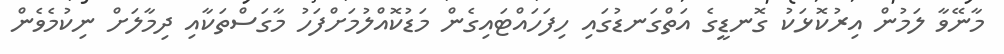
މާނޭވާ ލަމުން އިރުކޮޅަކު ގޮނޑީގެ އަތްގަނޑުގައި ހިފަހައްޓައިގެން މަޑުކޮއްލުމަށްފަހު މާގަސްތަކާއި ދިމާލަށް ނިކުމެވެން